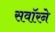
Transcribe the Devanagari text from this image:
सवॉरने